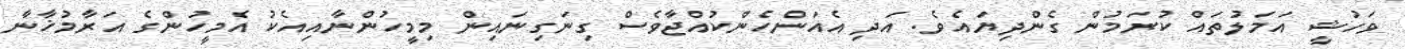
ވަހުޝީ އަމަލުތައް ކުރަމުން ގެންދިޔައެވެ. އަދި އެއަންހެންކުއްޖާވެސް ގިނަގިނައިން މިމީހުންނާއިއެކު އެމީހުންގެ އަރާމުޚާނާ